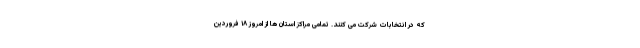
که در انتخابات شرکت می کنند. تمامی مراکز استان ها از امروز ۱۸ فروردین